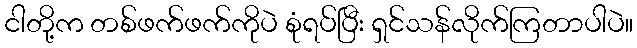
ငါတို့က တစ်ဖက်ဖက်ကိုပဲ စုံရပ်ပြီး ရှင်သန်လိုက်ကြတာပါပဲ။